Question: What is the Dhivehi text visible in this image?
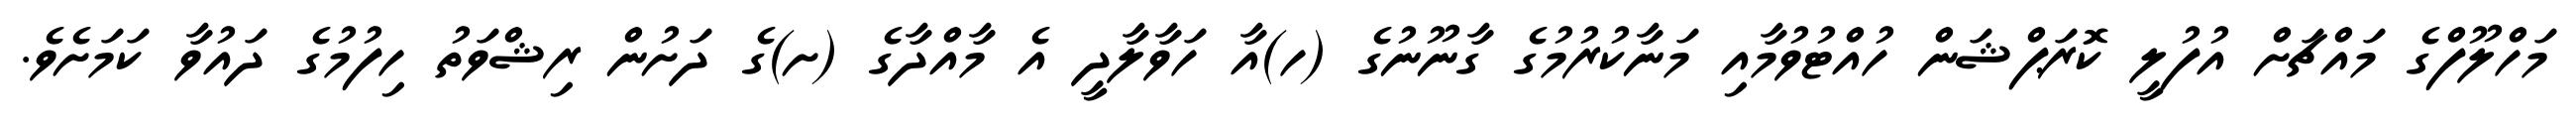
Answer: މަހްލޫފްގެ މައްޗަށް އުފުލީ ކޮރަޕްޝަން ހުއްޓުވުމާއި މަނާކުރުމުގެ ގާނޫނުގެ (ހ)އާ ހަވާލާދީ އެ މާއްދާގެ (ށ)ގެ ދަށުން ރިޝްވަތު ހިފުމުގެ ދައުވާ ކަމަށެވެ.